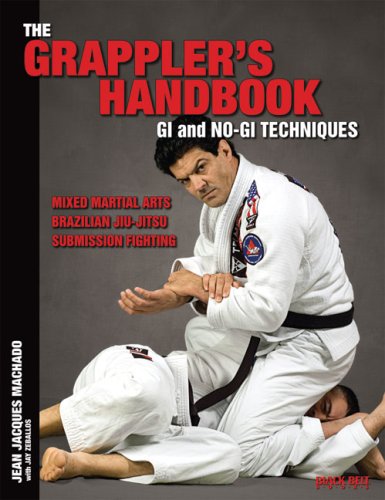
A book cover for The Grappler's Handbook Vol.1: Gi and No-Gi Techniques: Mixed Martial Arts, Brazilian Jiu-Jitsu, Submission Fighting; Jean Jacques Machado; Sports & Outdoors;